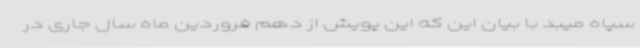
سپاه میبد با بیان این که این پویش از دهم فروردین ماه سال جاری در